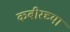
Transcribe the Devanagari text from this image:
कबीरच्या